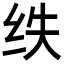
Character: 𮉢